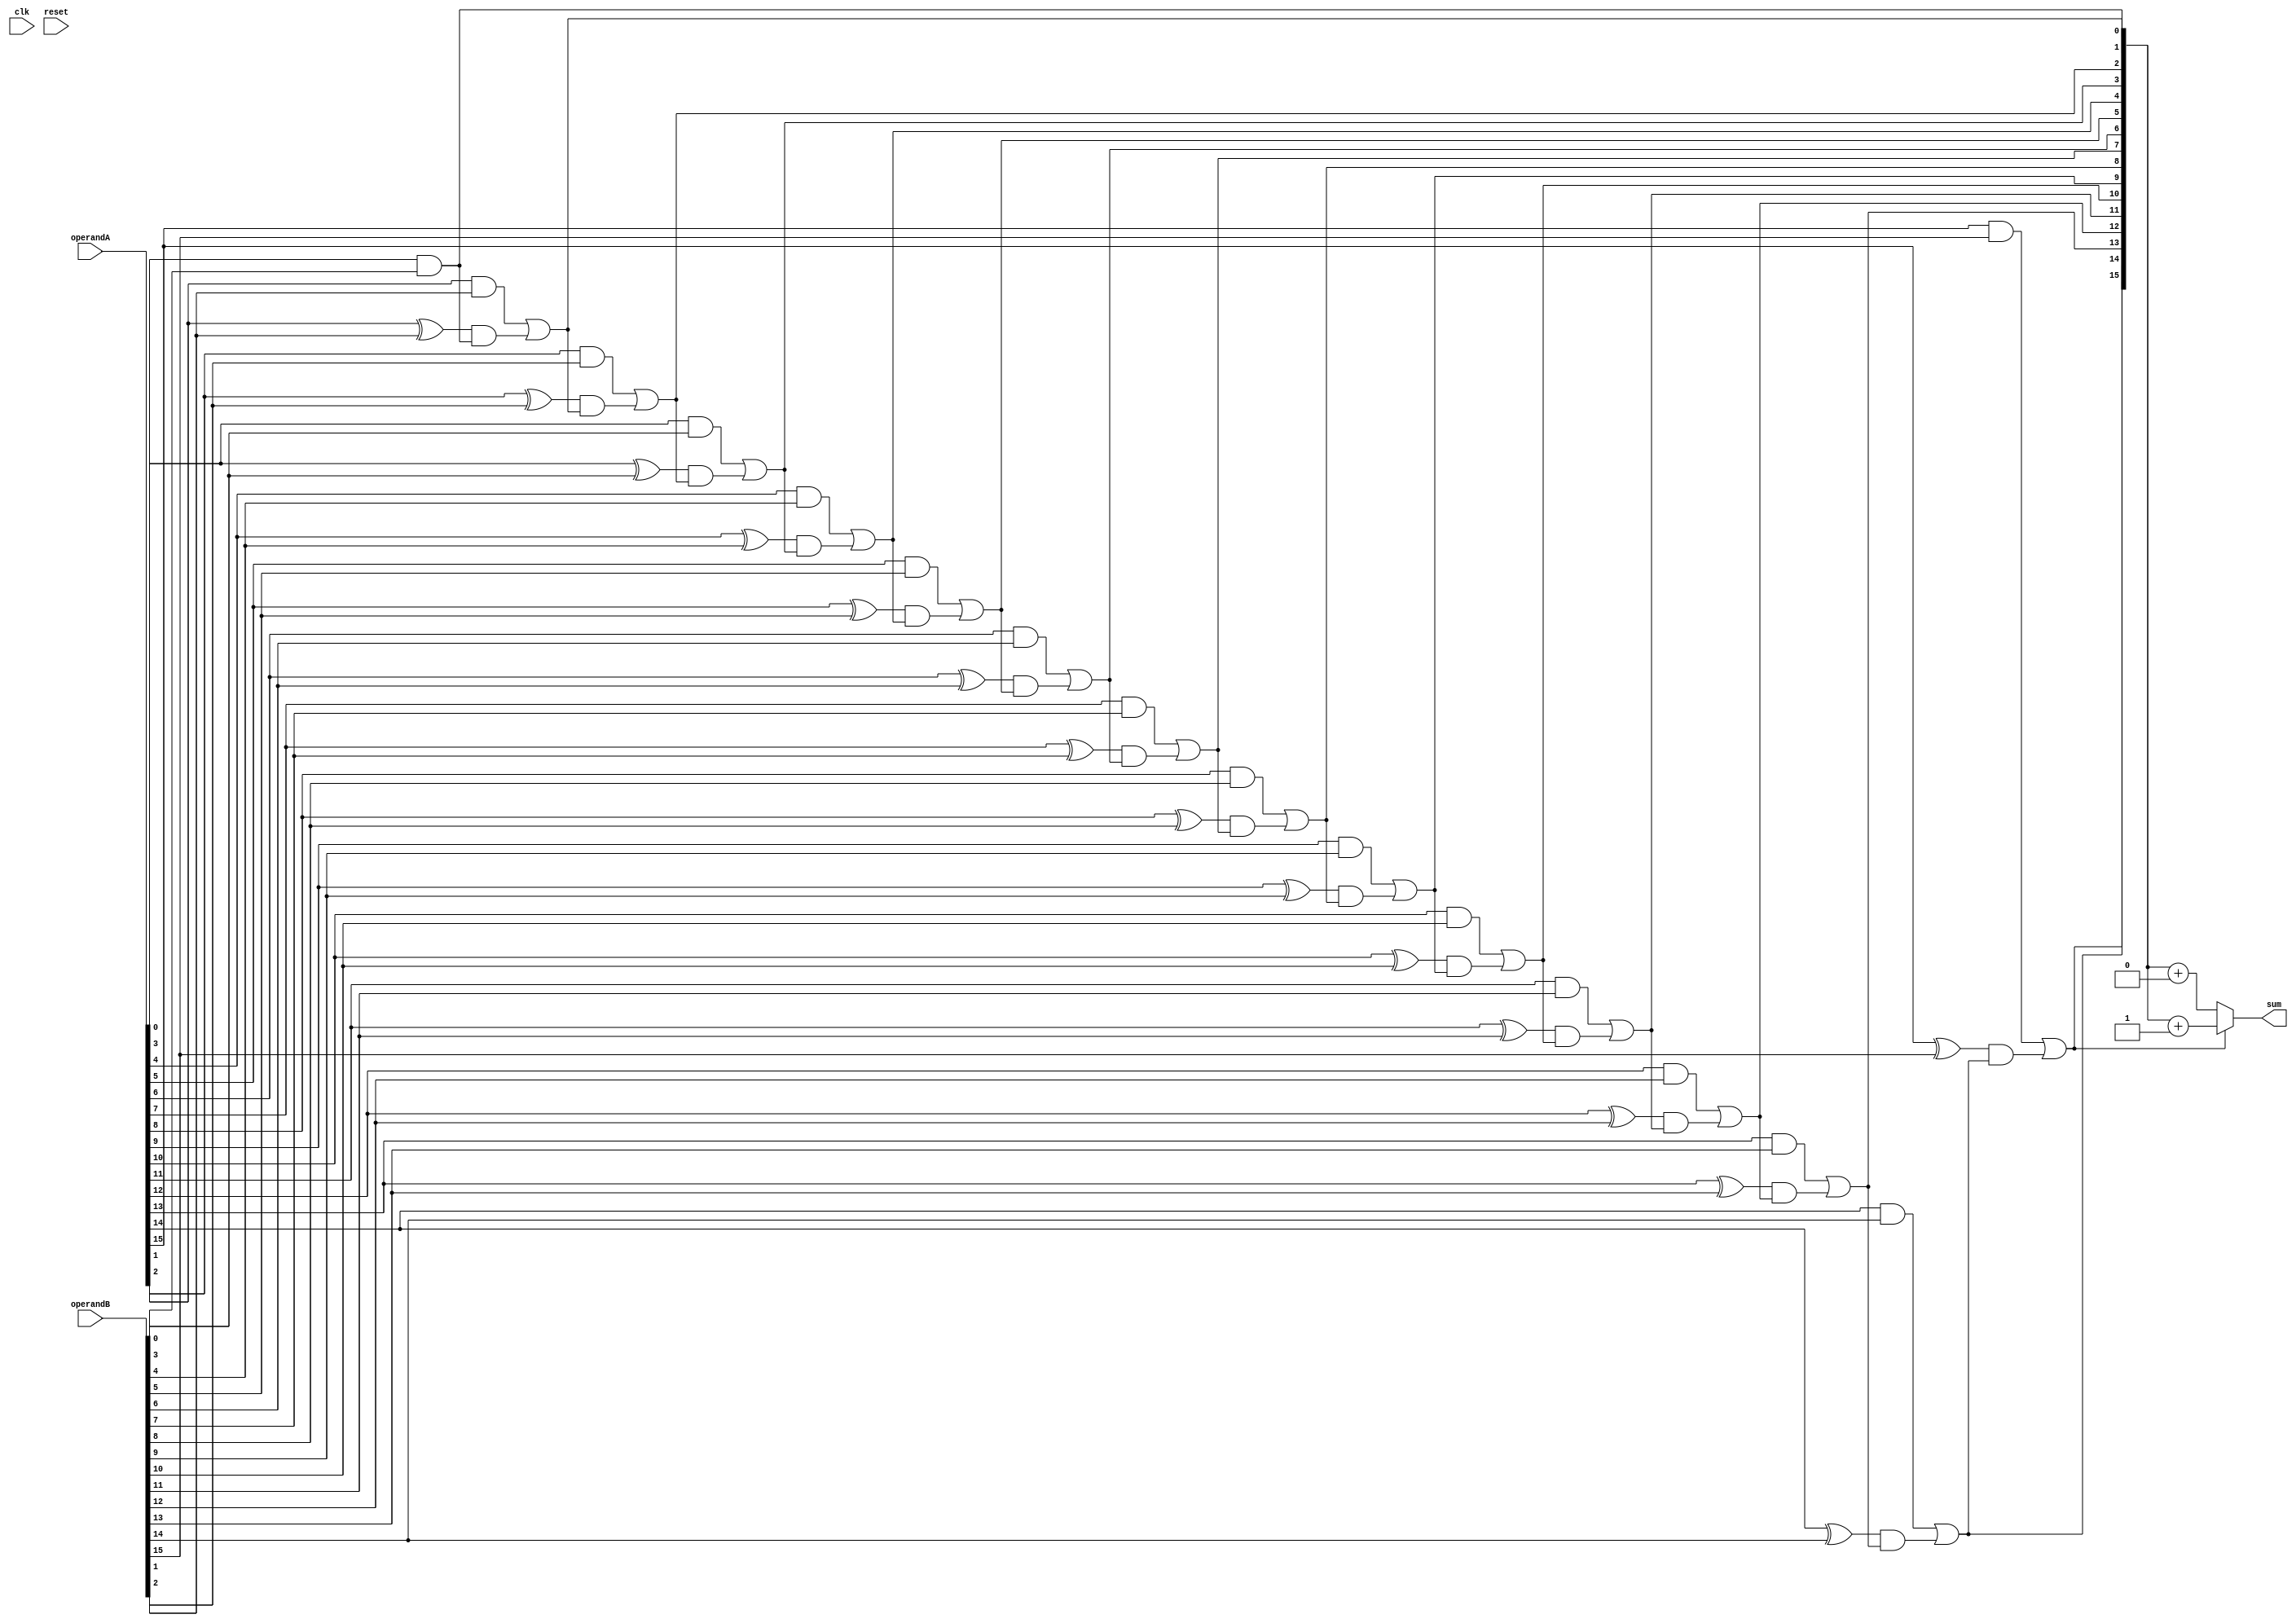
module CarrySkipAdder(
    input wire clk,
    input wire reset,
    input wire [15:0] operandA,
    input wire [15:0] operandB,
    output wire [15:0] sum
);

wire [15:0] c;
wire [15:0] g;
wire [15:1] p;

assign c[0] = operandA[0] & operandB[0];

genvar i;

generate
    for (i = 1; i < 16; i = i + 1) begin : gpgenerate
        assign g[i] = operandA[i] ^ operandB[i];
        assign p[i] = operandA[i] & operandB[i];
    end
endgenerate

generate
    for (i = 1; i < 16; i = i + 1) begin : cggenerate
        assign c[i] = p[i] | (g[i] & c[i-1]);
    end
endgenerate

assign {carryOut, sum} = c[15] ? c + 1 : c + 0;
endmodule